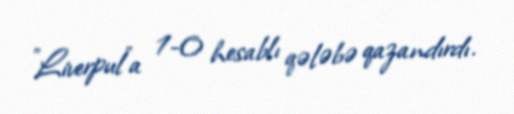
"Liverpul"a 1-0 hesablı qələbə qazandırdı.